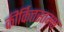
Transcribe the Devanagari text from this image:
कीर्कित्तस्तम्भ